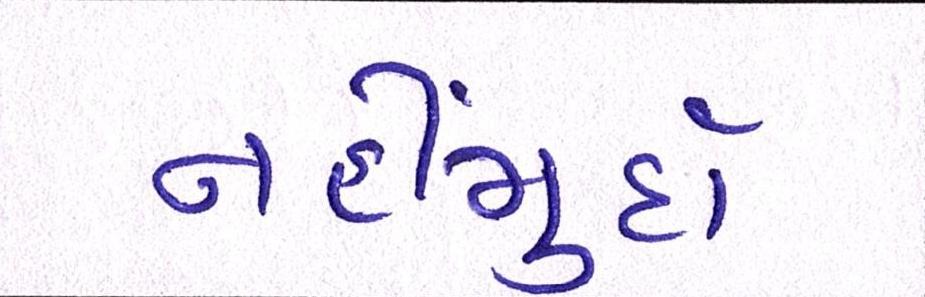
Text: નહીંમુર્દા